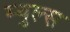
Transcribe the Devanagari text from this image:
म्युल्स